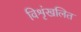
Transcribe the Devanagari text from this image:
विशृंखलित